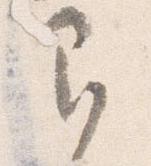
即